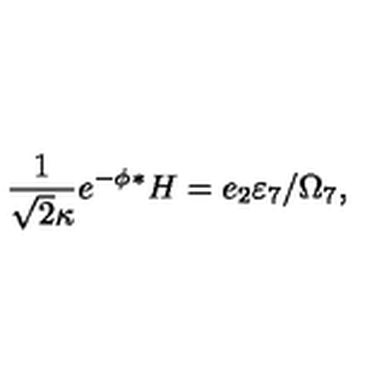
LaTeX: { { \frac { 1 } { \sqrt { 2 } \kappa } } e ^ { - \phi } { } ^ { \ast } H = e _ { 2 } \varepsilon _ { 7 } / \Omega _ { 7 } , }